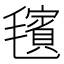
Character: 𪵢